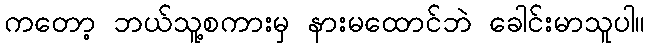
ကတော့ ဘယ်သူ့စကားမှ နားမထောင်ဘဲ ခေါင်းမာသူပါ။